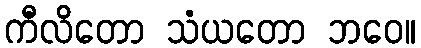
ကီလိတော သံယတော ဘဝေ။